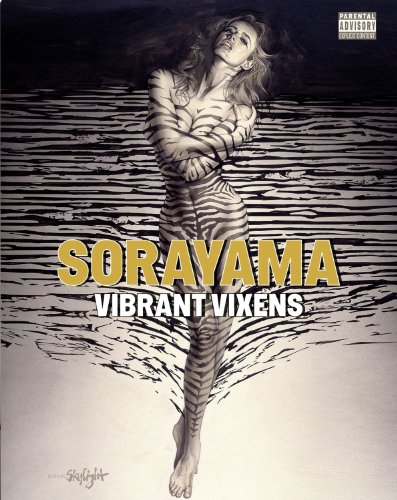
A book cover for Vibrant Vixens; Hajime Sorayama; Arts & Photography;